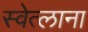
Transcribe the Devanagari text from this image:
स्वेत्लाना